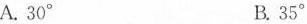
A.30° B.35°